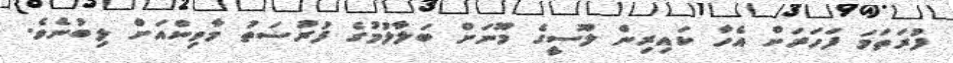
ފުރަތަމަ ފަހަރަށް އެހާ ކައިރިން ލޫސީގެ މޫނަށް ބަލާލުމުގެ ފުރުސަތު މާވިންއަށް ލިބުނެވެ.